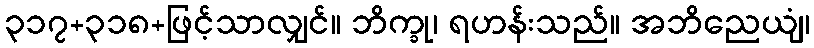
၃၁၇+၃၁၈+ဖြင့်သာလျှင်။ ဘိက္ခု၊ ရဟန်းသည်။ အဘိညေယျံ၊